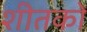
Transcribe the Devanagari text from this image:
शीतकों